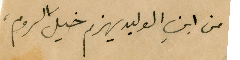
من ابنِ الوليد يهزم خيلَ الروم،